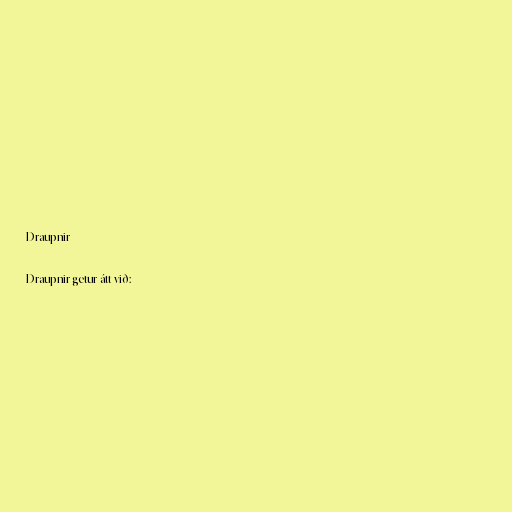
Draupnir

Draupnir getur átt við: